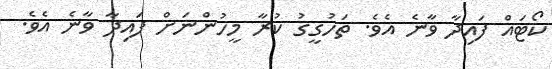
ކޯޓައް ފައިދާ ވާނެ އެވެ. ތަހުގީގު ކުރާ މީހުންނަށް ފައިދާ ވާނެ އެވެ.